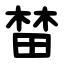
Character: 榃